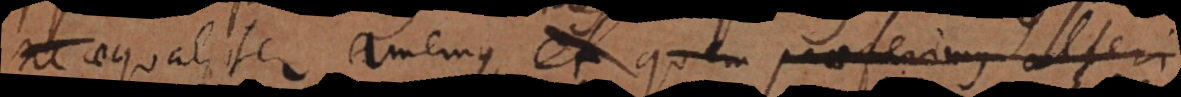
aequaliter amemus, et quem praeferimus alt